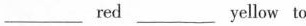
___ red ___ yelow to